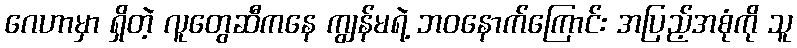
ဂေဟာမှာ ရှိတဲ့ လူတွေဆီကနေ ကျွန်မရဲ့ ဘဝနောက်ကြောင်း အပြည့်အစုံကို သူ